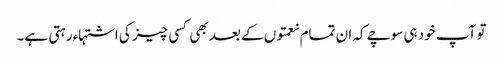
تو آپ خود ہی سوچے کہ ان تمام نعمتوں کے بعد بھی کسی چیز کی اشتہاءرہتی ہے۔